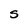
Character: S